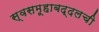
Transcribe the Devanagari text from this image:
स्वसमूहाबद्दलची